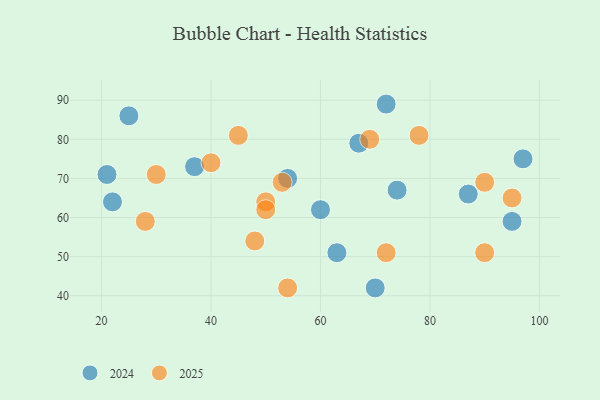
{"axis": {"x": "GDP", "y": "Life Expectancy"}, "legend": ["2024", "2025"], "data": [{"x": "90", "y": 69, "type": "2025"}, {"x": "95", "y": 65, "type": "2025"}, {"x": "50", "y": 64, "type": "2025"}, {"x": "90", "y": 51, "type": "2025"}, {"x": "54", "y": 42, "type": "2025"}, {"x": "40", "y": 74, "type": "2025"}, {"x": "28", "y": 59, "type": "2025"}, {"x": "50", "y": 62, "type": "2025"}, {"x": "72", "y": 51, "type": "2025"}, {"x": "48", "y": 54, "type": "2025"}, {"x": "69", "y": 80, "type": "2025"}, {"x": "78", "y": 81, "type": "2025"}, {"x": "53", "y": 69, "type": "2025"}, {"x": "45", "y": 81, "type": "2025"}, {"x": "30", "y": 71, "type": "2025"}, {"x": "21", "y": 71, "type": "2024"}, {"x": "97", "y": 75, "type": "2024"}, {"x": "25", "y": 86, "type": "2024"}, {"x": "67", "y": 79, "type": "2024"}, {"x": "87", "y": 66, "type": "2024"}, {"x": "22", "y": 64, "type": "2024"}, {"x": "74", "y": 67, "type": "2024"}, {"x": "60", "y": 62, "type": "2024"}, {"x": "37", "y": 73, "type": "2024"}, {"x": "54", "y": 70, "type": "2024"}, {"x": "70", "y": 42, "type": "2024"}, {"x": "95", "y": 59, "type": "2024"}, {"x": "63", "y": 51, "type": "2024"}, {"x": "72", "y": 89, "type": "2024"}]}